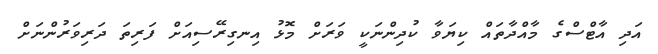
އަދި އާޓްސްގެ މާއްދާތައް ކިޔަވާ ކުދިންނަކީ ވަރަށް މޮޅު އިނގިރޭސިއަށް ފަރިތަ ދަރިވަރުންނަށް